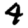
Digit: 4